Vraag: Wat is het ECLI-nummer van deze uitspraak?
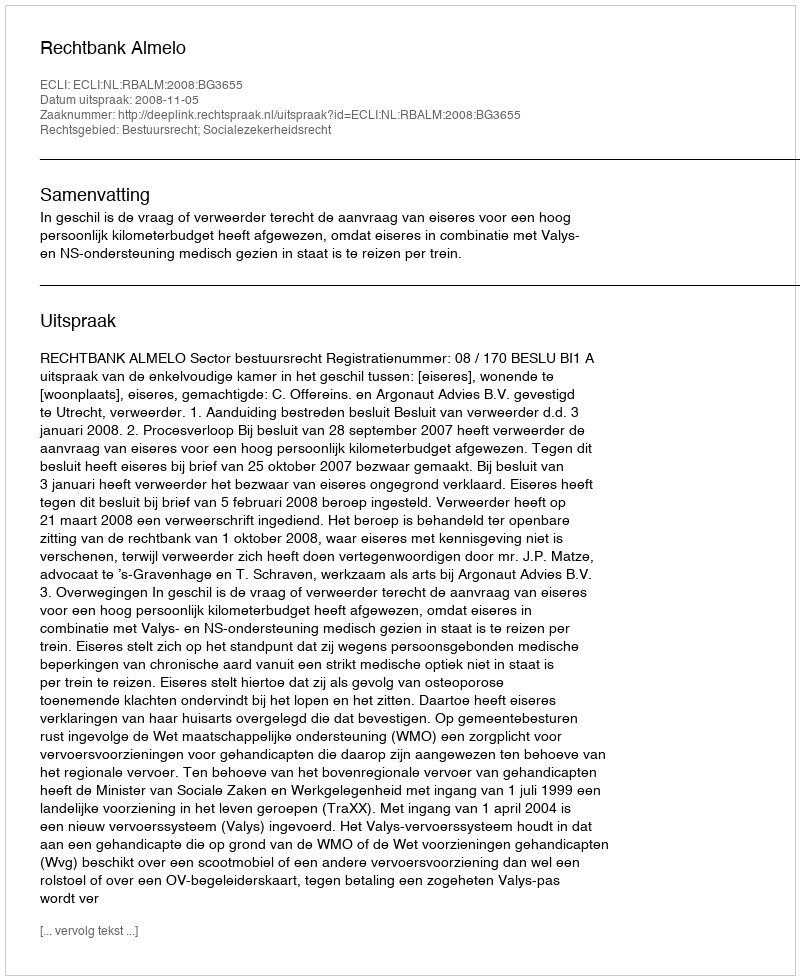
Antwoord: ECLI:NL:RBALM:2008:BG3655